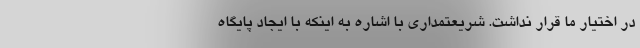
در اختیار ما قرار نداشت. شریعتمداری با اشاره به اینکه با ایجاد پایگاه